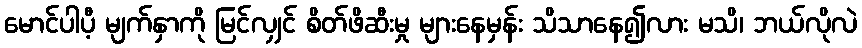
မောင်ပါပီ့ မျက်နှာကို မြင်လျှင် စိတ်ဖိဆီးမှု များနေမှန်း သိသာနေ၍လား မသိ၊ ဘယ်လိုလဲ